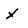
Character: x